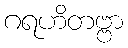
ဂရဟိတဗ္ဗာ